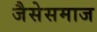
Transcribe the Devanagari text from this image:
जैसेसमाज